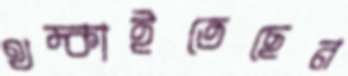
থম্‌কাইতেছেন